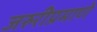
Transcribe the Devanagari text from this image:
जरुरीप्रमाणे